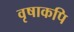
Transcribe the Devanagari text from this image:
वृषाकपि